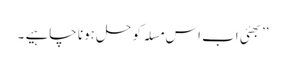
’’ بھئی اب اس مسلہ کو حل ہونا چاہیے ۔